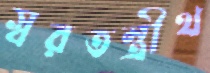
স্বরতন্ত্রীথ